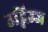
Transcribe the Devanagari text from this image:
उद्भिज्ज